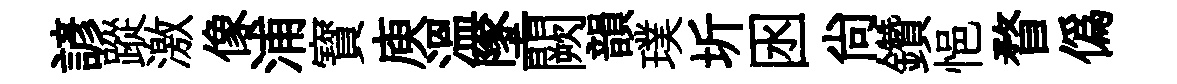
諺蹤激像浦寳庾溫墜闕韻璞圻囦尙鑽悒瞀僞